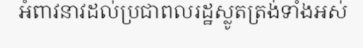
អំពាវនាវដល់ប្រជាពលរដ្ឋស្លូតត្រង់ទាំងអស់